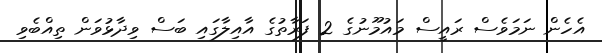
އެހެން ނަމަވެސް ރައީސް މައުމޫނުގެ 2 ފަރާތުގެ އާއިލާގައި ބަސް ވިދާޅުވަން ތިއްބެވި